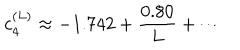
LaTeX: c _ { 4 } ^ { ( L ) } \approx - 1 . 7 4 2 + \frac { 0 . 8 0 } { L } + \cdots